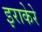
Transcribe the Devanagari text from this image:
इराकेरे